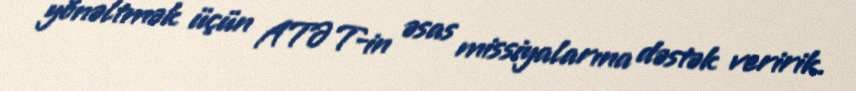
yönəltmək üçün ATƏT-in əsas missiyalarına dəstək veririk.